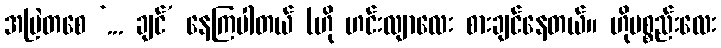
အမြဲတစေ ‘... ချင်’ နေကြပါတယ် (ဟို ဟင်းလျာလေး စားချင်နေတယ်။ ဟိုပစ္စည်းလေး